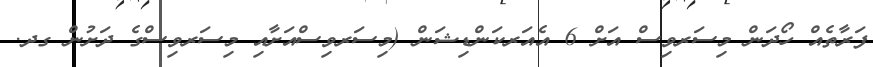
ފަރާތެއް ހޯދަން މިސަރވިސް އަށް 6 އެއަރކަންޑިޝަން (މިސަރވިސްއަށާއި މިސަރވިސްގެ ދަށުން ގދ.